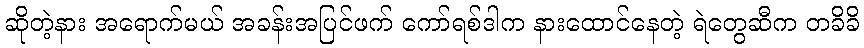
ဆိုတဲ့နား အရောက်မယ် အခန်းအပြင်ဖက် ကော်ရစ်ဒါက နားထောင်နေတဲ့ ရဲတွေဆီက တခိခိ